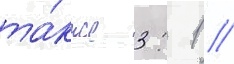
та́кже 3: 1 //